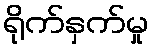
ရိုက်နှက်မှု